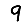
Digit: 9